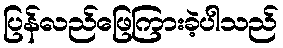
ပြန်လည်ဖြေကြားခဲ့ပါသည်